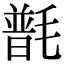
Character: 𣯽